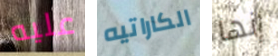
عليه الكاراتيه إنها